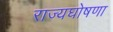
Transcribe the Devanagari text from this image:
राज्यघोषणा